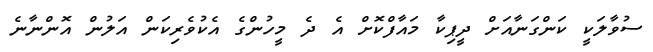
ސުވާލަކީ ކަންގަނާއަށް ދީޕިކާ މައާފްކޮށް އެ ދެ މީހުންގެ އެކުވެރިކަން އަލުން އޮންނާނެ